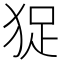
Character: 㹱